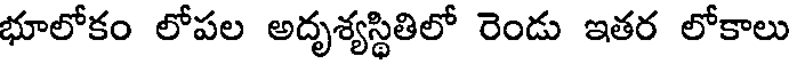
భూలోకం లోపల అదృశ్యస్థితిలో రెండు ఇతర లోకాలు